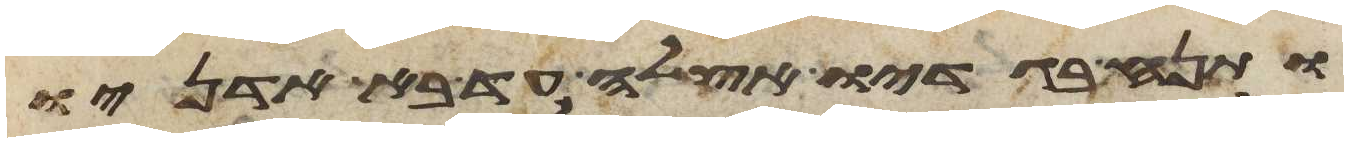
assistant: ותנח בגדיו אצלה עד בא אדניו